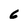
Character: 6